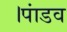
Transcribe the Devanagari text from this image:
।पांडव